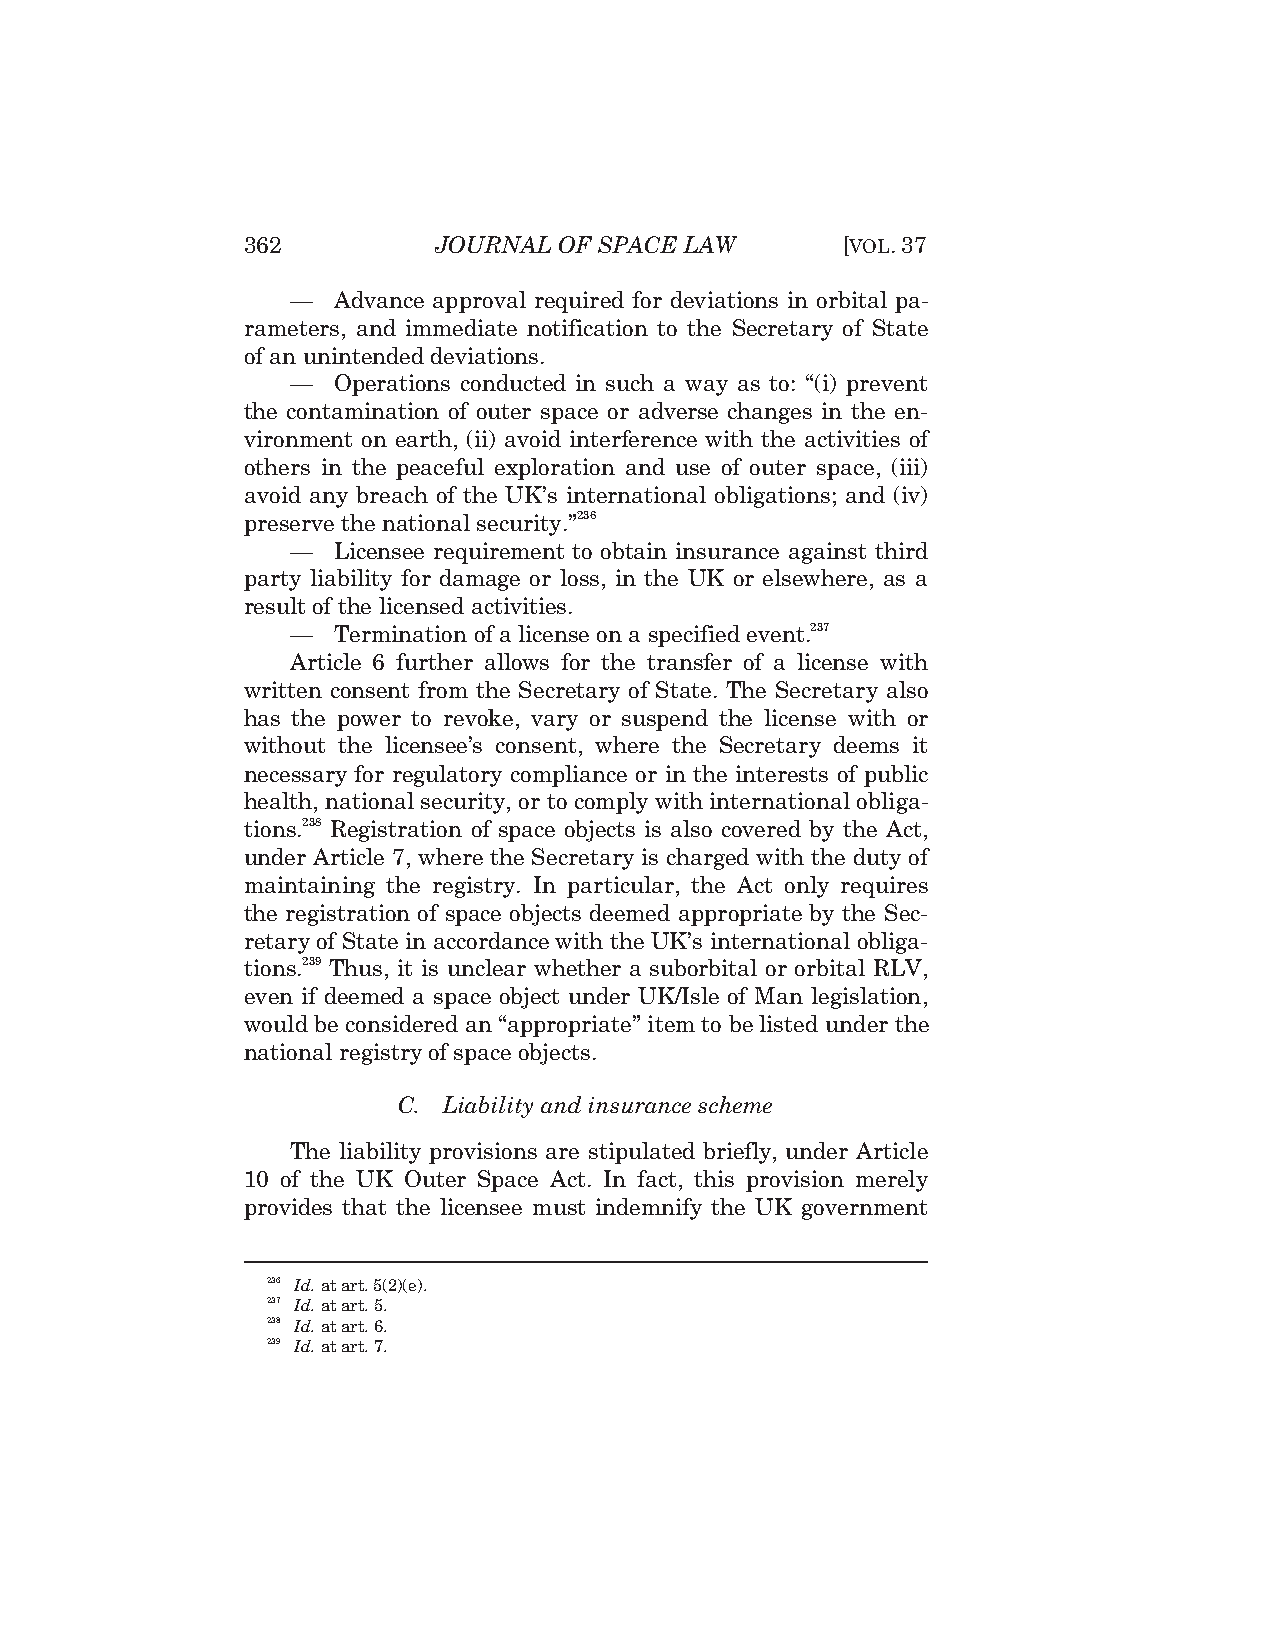
362          JOURNAL OF SPACE LAW       [VOL.37
 —  Advance approval required for deviations in orbital pa-
 rameters, and immediate notification to the Secretary of State
 of an unintended deviations.
 —  Operations conducted in such a way as to: “(i) prevent
 the contamination of outer space or adverse changes in the en-
 vironment on earth, (ii) avoid interference with the activities of
 others in the peaceful exploration and use of outer space, (iii)
 avoid any breach of the UK’s international obligations; and (iv)
 preserve the national security.”236
 —  Licensee requirement to obtain insurance against third
 party liability for damage or loss, in the UK or elsewhere, as a
 result of the licensed activities.
 —  Termination of a license on a specified event.237
 Article 6 further allows for the transfer of a license with
 written consent from the Secretary of State. The Secretary also
 has the power to revoke, vary or suspend the license with or
 without the licensee’s consent, where the Secretary deems it
 necessary for regulatory compliance or in the interests of public
 health, national security, or to comply with international obliga-
 tions.238 Registration of space objects is also covered by the Act,
 under Article 7, where the Secretary is charged with the duty of
 maintaining the registry. In particular, the Act only requires
 the registration of space objects deemed appropriate by the Sec-
 retary of State in accordance with the UK’s international obliga-
 tions.239 Thus, it is unclear whether a suborbital or orbital RLV,
 even if deemed a space object under UK/Isle of Man legislation,
 would be considered an “appropriate” item to be listed under the
 national registry of space objects.
 C. Liability and insurance scheme
 The liability provisions are stipulated briefly, under Article
 10 of the UK Outer Space Act. In fact, this provision merely
 provides that the licensee must indemnify the UK government
 236 Id. at art. 5(2)(e).
 237 Id. at art. 5.
 238 Id. at art. 6.
 239 Id. at art. 7.